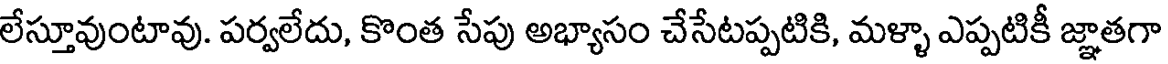
లేస్తూవుంటావు. పర్వలేదు, కొంత సేపు అభ్యాసం చేసేటప్పటికి, మళ్ళా ఎప్పటికీ జ్ఞాతగా